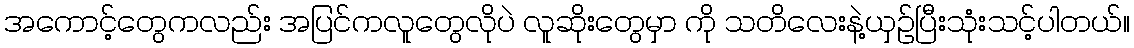
အကောင့်တွေကလည်း အပြင်ကလူတွေလိုပဲ လူဆိုးတွေမှာ ကို သတိလေးနဲ့ယှဉ်ပြီးသုံးသင့်ပါတယ်။